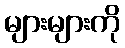
များများကို